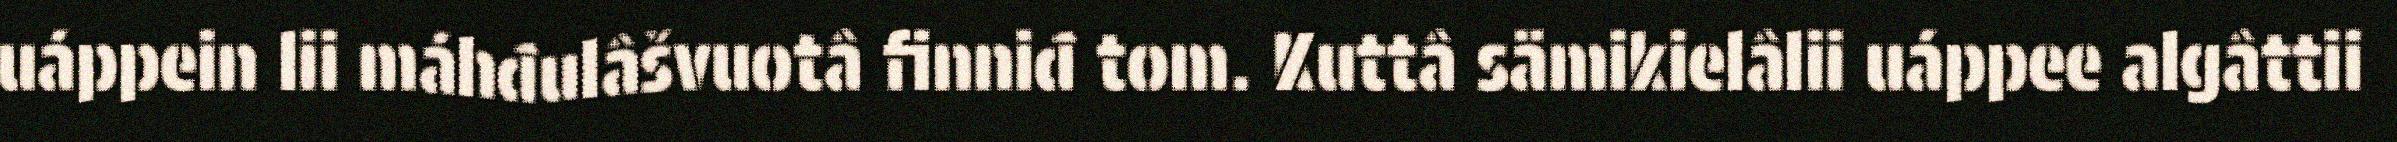
uáppein lii máhđulâšvuotâ finniđ tom. Kuttâ sämikielâlii uáppee algâttii